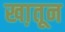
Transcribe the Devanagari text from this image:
खा़तून